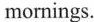
mornings.